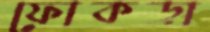
ফোকড়া